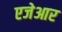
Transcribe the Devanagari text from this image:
एजेआर